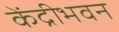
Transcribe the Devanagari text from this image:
केंद्रीभवन